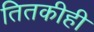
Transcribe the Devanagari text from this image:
तितकीही